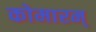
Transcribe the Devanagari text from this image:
कोमारम्